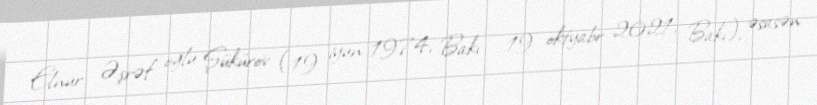
Elnur Əşrəf oğlu Şükürov (19 iyun 1974, Bakı – 19 oktyabr 2021, Bakı), əsasən